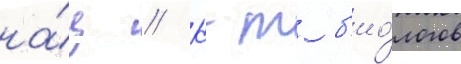
на́ц // К-т б'ио́логов